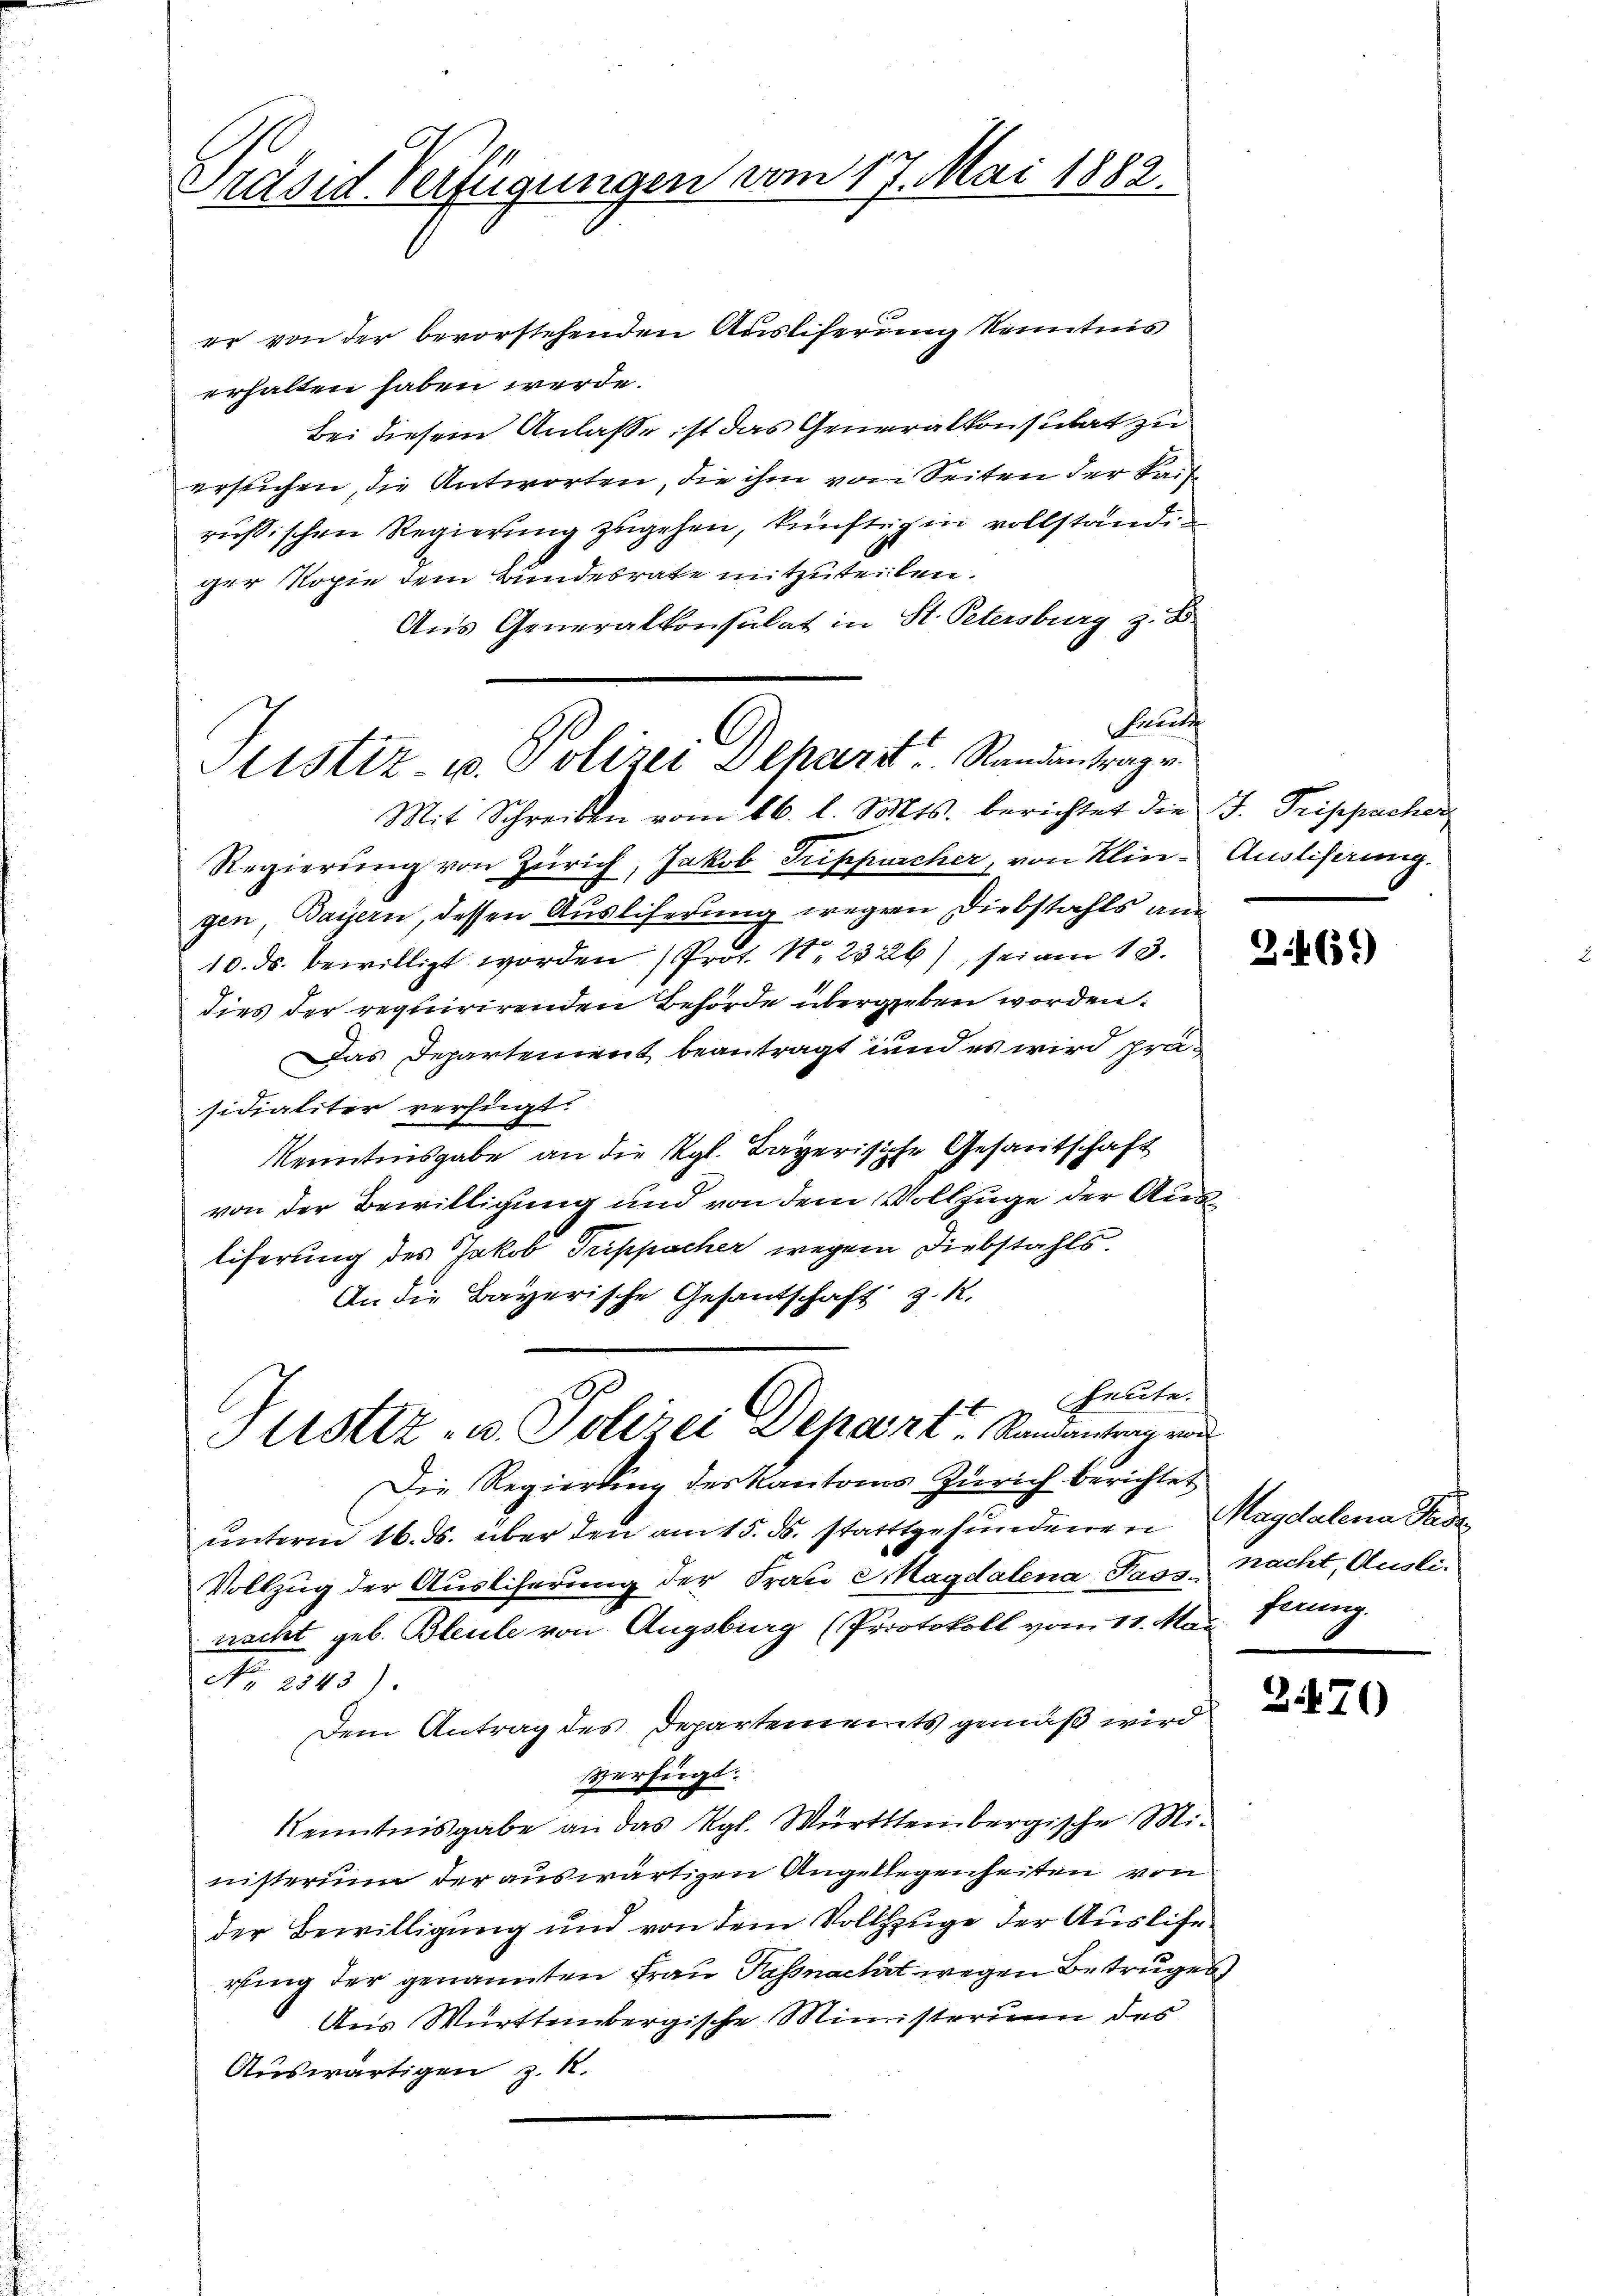
Prdsid-Verfügungen vom 17. Mai 1882.

er von der bevorstehenden Ausliserung Kenntnis
erhalten haben werde.
Bei diesem Anlaße ist das Generalkonsulat zu
ersuchen, die Antworten, die ihm von Seiten der Sais
rußischen Regierung zugehen, künftig in vollständiger Kopie dem Bundesrate mitzuteilen.
Aus Generalkonsulat in St. Petersburg z. B.
hraut
Mit Schreiben vom 16. l. Mts. berichtet die J. Trippacher
Regierung von Zürich, Jakob Trippurcher, von Klin- Ausliferung.
gen, Payern, dessen Ausliferung wegen Diebstahls an¬
10. ds. bewilligt worden Prot. Nr. 2326), sei am 13.
dies der requirirenden Behörde übergeben worden.
Das Departement beantragt und es wird prüsidialiter verfügt:
Kenntnisgabe an die Kgl. Bayerische Gesantschaft
von der Bewilligung und von dem Vollzuge der Ausliferung des Jakob Trippacher wegen Diebstahls.
An die Bayerische Gesandschaft z. R.
heute.
Justiz- u. Polizei Depart u. Randantrag und
Die Regierung des Kantons Zürich berichtet
ŭnterm 16. ds. über den am 15. ds. stattgefŭndenen Magdalena Pade¬
Vollzug der Auslieferung der Frau Magdalena Tassracht geb. Bleule von Augsburg (Protokoll vom 11. Mai ferung.
Nr. 2843).
Dem Antrag des Departements gemäß wird
Verfügt.
Kenntnisgabe an das Rgl. Württembergische Ministerium der auswärtigen Angelegenheiten von
der Bewilligung und von dem Vollzuge der Auslierung der genannten Frau Passnacht wegen Betruges
Aus Württembergische Ministerium des
Auswärtigen z. B.

Sistiz u. Polizei Beharrt Randantrag v.

3.46)

nacht, Ausli

)

3.470